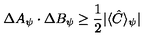
\Delta A _ { \psi } \cdot \Delta B _ { \psi } \geq \frac { 1 } { 2 } | \langle \hat { C } \rangle _ { \psi } |